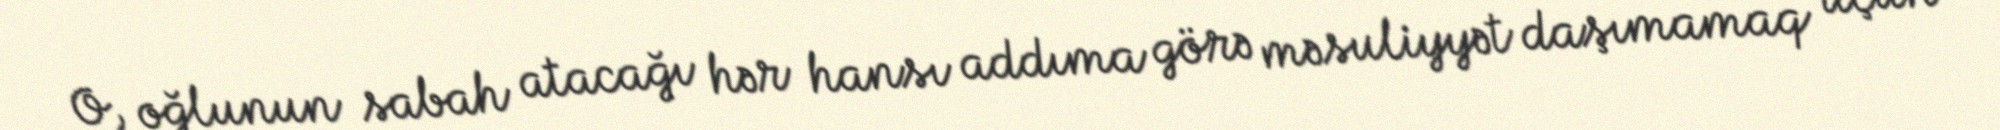
O, oğlunun sabah atacağı hər hansı addıma görə məsuliyyət daşımamaq üçün